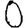
Digit: 0